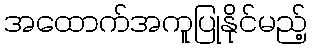
အထောက်အကူပြုနိုင်မည့်